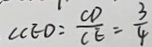
\angle C E O = \frac { C D } { C E } = \frac { 3 } { 4 }